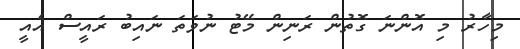
މިހާރު މި އޮންނަ ގޮތުން ރަނިން މޭޓު ނުވަތަ ނައިބު ރައީސް އެއީ